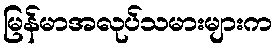
မြန်မာအလုပ်သမားများက